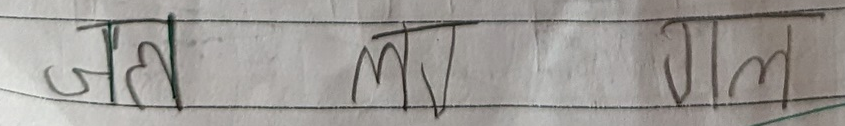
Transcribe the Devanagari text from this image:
जल मल गल